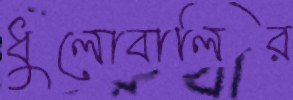
ধুলোবালির